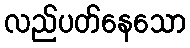
လည်ပတ်နေသော